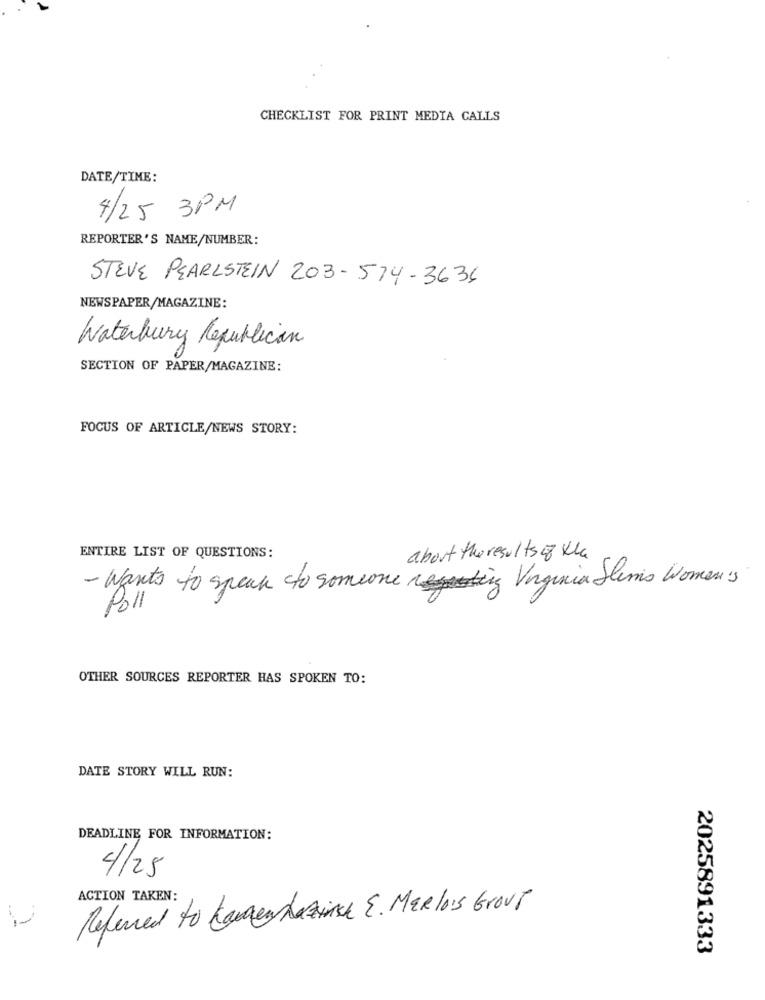
CHECKLIST FOR PRINT MEDIA CALLS
DATE/TIME:
4/25 3PM
REPORTER'S NAME/NUMBER:
STEVE PEARLSTEIN 203-514- 3636
NEWSPAPER/MAGAZINE:
Waterbury Republican
SECTION OF PAPER/MAGAZINE:
FOCUS OF ARTICLE/NEWS STORY:
ENTIRE LIST OF QUESTIONS:
about the results of the
- Wants to speak to someone resting Virginia Semis Women's
Poll
OTHER SOURCES REPORTER HAS SPOKEN TO:
DATE STORY WILL RUN:
DEADLINE FOR INFORMATION:
4/25
ACTION TAKEN:
Referred to Kamer ArEise E. MERlois GrovT
2025891333